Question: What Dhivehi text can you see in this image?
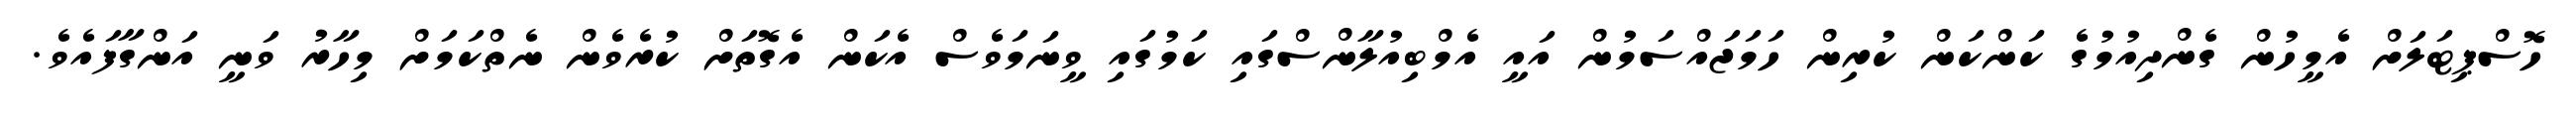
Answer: ހޮސްޕިޓަލަށް އެމީހުން ގެންދިއުމުގެ ކަންކަން ކުރިން ހަމަޖައްސަމުން އައީ އެމްބިއުލާންސްގައި ކަމުގައި ވީނަމަވެސް އެކަން އެގޮތަށް ކުރެވެން ނެތްކަމަށް މިހާރު ވަނީ އަންގާފައެވެ.